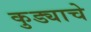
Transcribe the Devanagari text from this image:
कुड्याचे